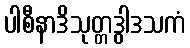
ပါစီနာဒိသုတ္တဒွါဒသကံ